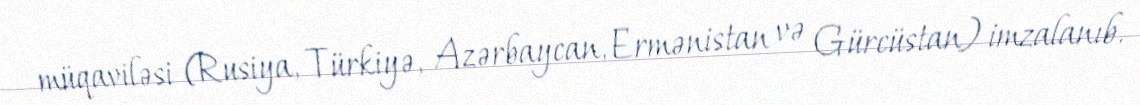
müqaviləsi (Rusiya, Türkiyə, Azərbaycan, Ermənistan və Gürcüstan) imzalanıb.